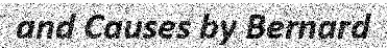
and Causes by Bernard